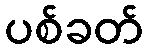
ပစ်ခတ်